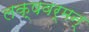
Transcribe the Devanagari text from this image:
लक्षवर्मन्‌